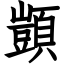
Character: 顗